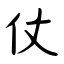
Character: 仗